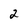
Character: 2